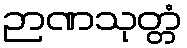
ဉာဏသုတ္တံ